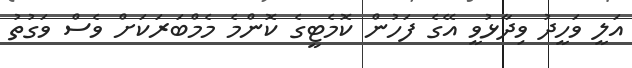
އަލީ ވަހީދު ވިދާޅުވީ އޭގެ ފަހުން ކޮމެޓީގެ ކޮންމެ މެމްބަރަކަށް ވެސް ވަގުތު